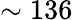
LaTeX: \sim 136